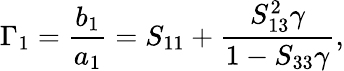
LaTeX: \Gamma_{1}=\frac{b_{1}}{a_{1}}=S_{11}+\frac{S_{13}^{2}\gamma}{1-S_{33}\gamma},